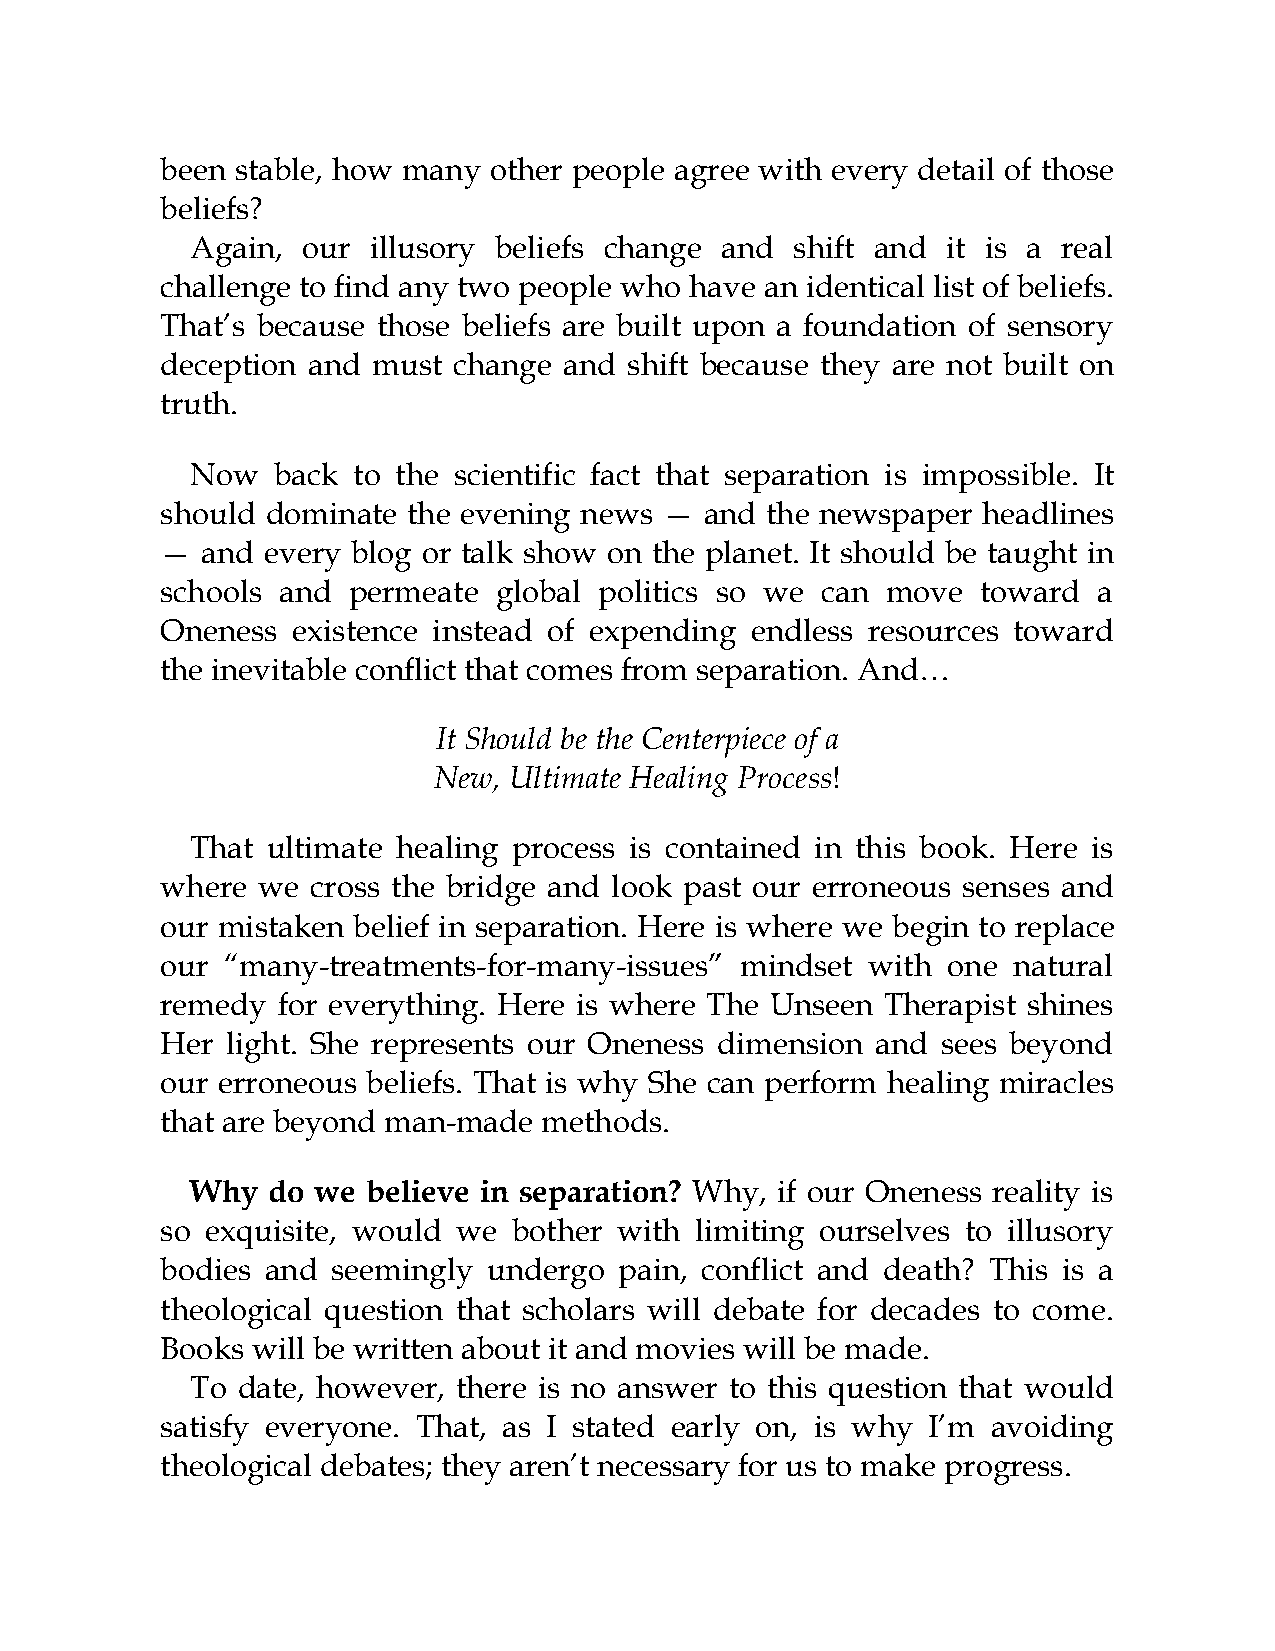
been stable, how many other people agree with every detail of those
 beliefs?
 Again, our illusory beliefs change and  shift and it is a real
 challenge to find any two people who have an identical list of beliefs.
 That’s because those beliefs are built upon a foundation of sensory
 deception and must change and  shift because they are not built on
 truth.
 Now  back to the scientific fact that separation is impossible. It
 should dominate the evening news —  and the newspaper headlines
 — and every blog or talk show on the planet. It should be taught in
 schools and permeate  global politics so we can move  toward  a
 Oneness existence instead of expending endless resources toward
 the inevitable conflict that comes from separation. And…
 It Should be the Centerpiece of a
 New, Ultimate Healing Process!
 That ultimate healing process is contained in this book. Here is
 where we  cross the bridge and look past our erroneous senses and
 our mistaken belief in separation. Here is where we begin to replace
 our “many-treatments-for-many-issues” mindset with  one natural
 remedy for everything. Here is where The Unseen Therapist shines
 Her light. She represents our Oneness dimension and sees beyond
 our erroneous beliefs. That is why She can perform healing miracles
 that are beyond man-made methods.
 Why  do we believe in separation? Why, if our Oneness reality is
 so exquisite, would we bother with limiting ourselves to illusory
 bodies and seemingly undergo  pain, conflict and death? This is a
 theological question that scholars will debate for decades to come.
 Books will be written about it and movies will be made.
 To date, however, there is no answer to this question that would
 satisfy everyone. That, as I stated early on, is why I’m avoiding
 theological debates; they aren’t necessary for us to make progress.